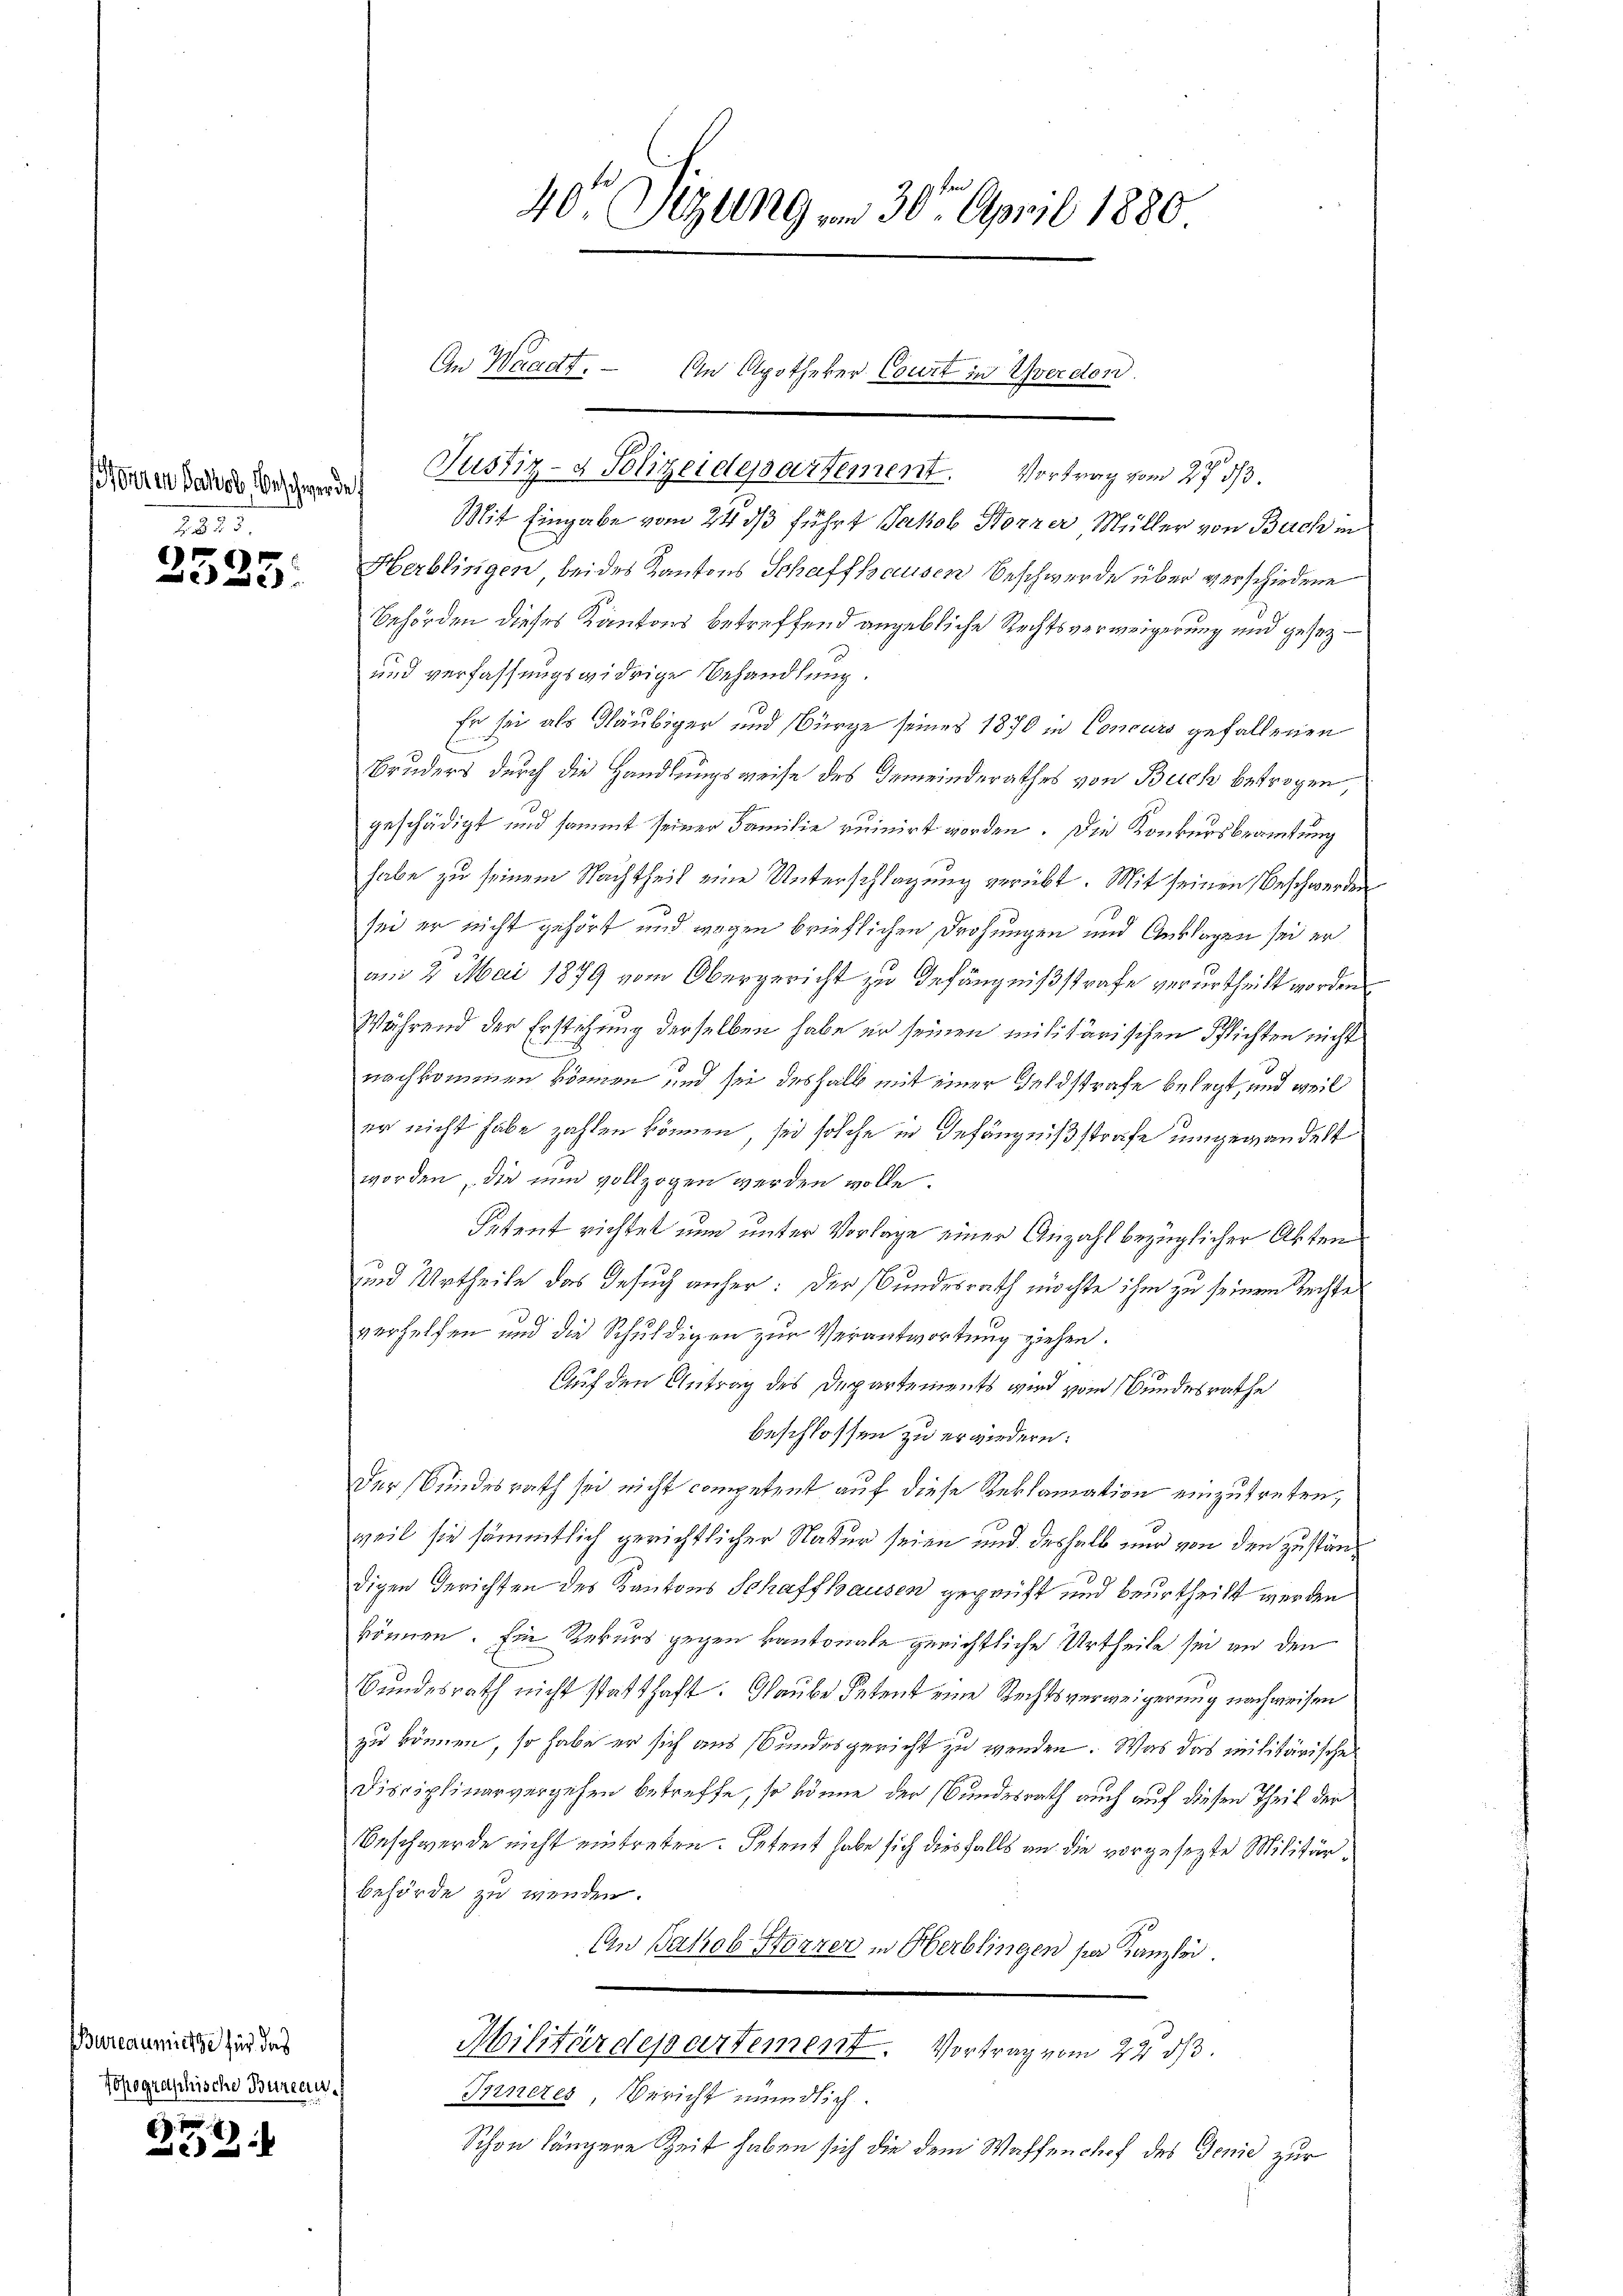
Horten Jakob Beschwerde.
1835

d
88

BBureau miete für das
Topographische Bureaur

.
2

An Waadt.

40r Sitzung vom 30t April 1880

J
An Apotheker Court in Yverdord.

Justiz- & Polizeidepartement. Vortrag vom 27. 33.
Mit Eingabe vom 24. ds führt Jakob Horner Müller von Bach in
Herblingen beides Kantons Schaffhausen Beschwerde über verschiedene
Behörden dieses Kantons betreffend angebliche Rechtsverweigerung und gesez¬
und verfassungswidrige Behandlung.
Er sei als Gläubiger und Bürge seines 1870 in Concurs gefallenen
Bruders durch die Handlungsweise des Gemeinderathes von Buch betrogen,
geschädigt und sammt seiner Familie ruinirt worden. Die Konkursbeamtung
habe zu seinem Nachtheil eine Unterschlagung verübt. Mit seinen Beschwerden
sei er nicht gehört und wegen brieflichen Drohungen und Anklagen sei er
an 2 Mai 1879 vom Obergericht zu Gefängnißstrafe verurtheilt worden
Während der Erstehung derselben habe er seinen militärischen Pflichten nicht
1.
nachkommen können und sei deshalb mit einer Feldstrafe belegt, und weil
er nicht habe zahlen können, sei solche in Gefängnißstrafe umgewandelt
worden, die nun vollzogen werden wolle.
Petent richtet nun unter Vorlage einer Anzahl bezüglicher Akten
und Urtheile das Gesuch anher: Der Bundesrath möchte ihm zu seinem Rechte
verhelfen und die Schuldigen zur Verantwortung ziehen.
Auf den Antrag des Departements wird vom Bundesrathe
beschlossen zu erwiedern:
Der Bundesrath sei nicht competent auf diese Reklamation einzutreten,
weil sie sämmtlich gerichtlicher Natur seien und deshalb nur von den zuständigen Gerichten des Kantons Schaffhausen geprüft und beurtheilt werden
können. Ein Rekurs gegen kantonale gerichtliche Urtheile sei an den
Bundesrath nicht statthaft. Glaube Petent eine Rechtsverweigerung nachweisen
zu können, so habe er sich aus Bundesgericht zu werden. Was das militärischen
Disciplinarvergehen betreffe, so könne der Bundesrath auch auf diesen Theil der
Beschwerde nicht eintreten. Petent habe sich diesfalls an die vorgesezte Militärbehörde zu wenden.
An Jakob Störrer in Oberblingen sie Kanzlei.
Militärdepartement. Vortrag vom 22. ds.
Inneres, Bericht mündlich.

Schon längere Zeit haben sich die dem Waffenshof des Genie zur